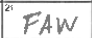
Transcription: FAW